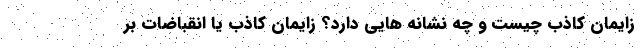
زایمان کاذب چیست و چه نشانه هایی دارد؟ زایمان کاذب یا انقباضات بر